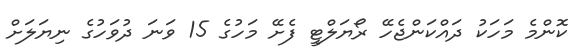
ކޮންމެ މަހަކު ދައްކަންޖެހޭ ރޯޔަލްޓީ ފެށޭ މަހުގެ 15 ވަނަ ދުވަހުގެ ނިޔަލަށް